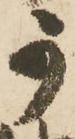
可